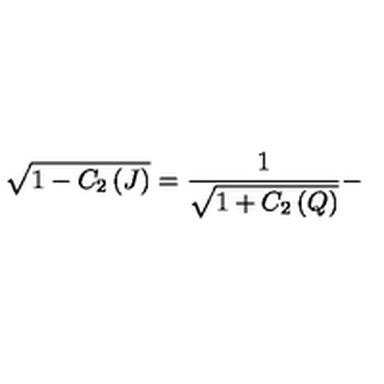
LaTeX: \sqrt { 1 - C _ { 2 } \left( J \right) } = \frac { 1 } { \sqrt { 1 + C _ { 2 } \left( Q \right) } } -